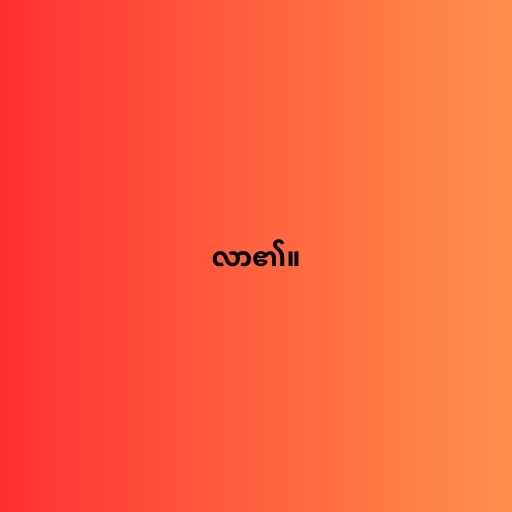
လာ၏။